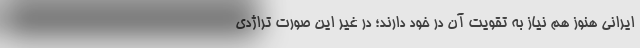
ایرانی هنوز هم نیاز به تقویت آن در خود دارند؛ در غیر این صورت تراژدی